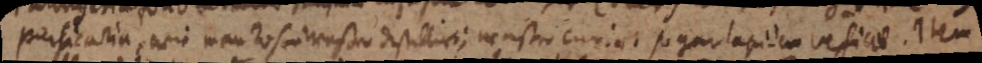
Persicaria, wie man rosenwaßer destillirt; waßer curirt sogar lapidem vesicae. Item